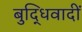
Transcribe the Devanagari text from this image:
बुद्धिवादीं